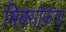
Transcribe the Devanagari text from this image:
मिक्सोफ़ेगा